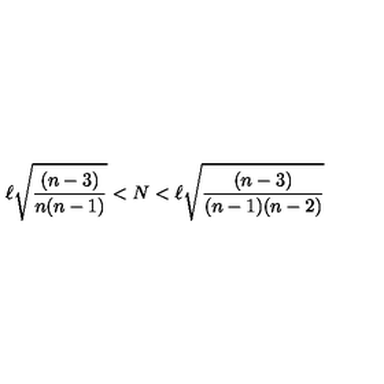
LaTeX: \ell \sqrt { \frac { ( n - 3 ) } { n ( n - 1 ) } } < N < \ell \sqrt { \frac { ( n - 3 ) } { ( n - 1 ) ( n - 2 ) } }